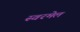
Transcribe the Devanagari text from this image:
स्वरमेल